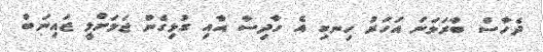
ދެހާސް ބާރަވަނަ އަހަރު ހިނގި އެ ހާދިސާ އާއި ގުޅިގެން ޖަލަށްލީ ޒައިނަބް